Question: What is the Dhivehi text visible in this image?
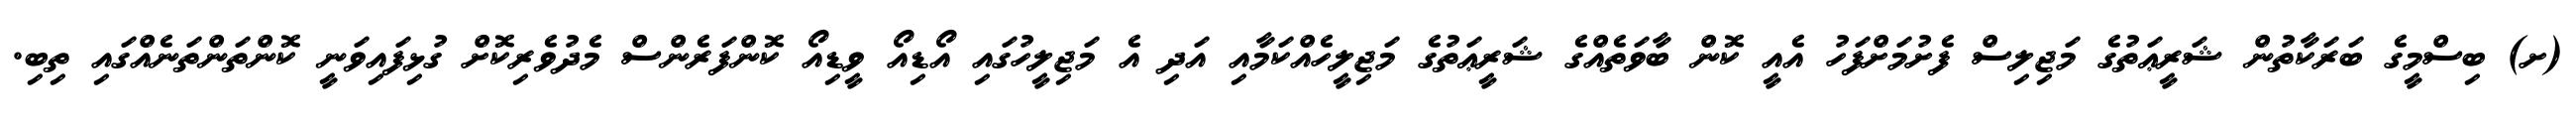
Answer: (ށ) ބިސްމީގެ ބަރަކާތުން ޝަރީޢަތުގެ މަޖިލިސް ފެށުމަށްފަހު އެއީ ކޮން ބާވަތެއްގެ ޝަރީޢަތުގެ މަޖިލީހެއްކަމާއި އަދި އެ މަޖިލީހުގައި އޯޑިއޯ ވީޑިއޯ ކޮންފަރެންސް މެދުވެރިކޮށް ގުޅިފައިވަނީ ކޮންތަންތަނެއްގައި ތިބި.